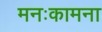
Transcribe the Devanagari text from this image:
मनःकामना